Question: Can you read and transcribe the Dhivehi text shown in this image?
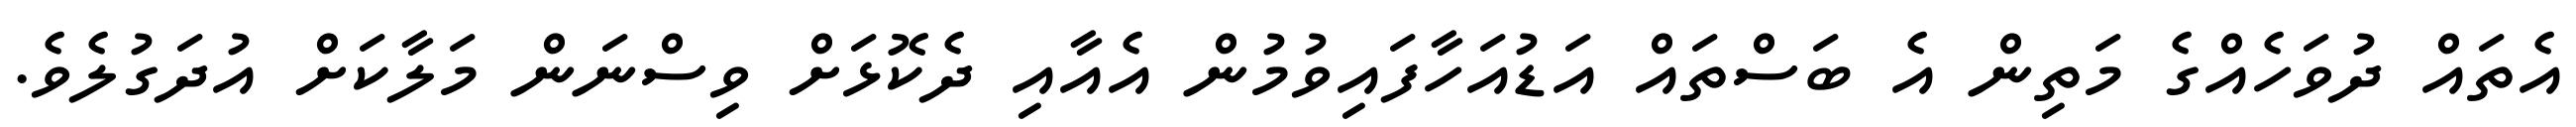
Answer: އެތައް ދުވަހެއްގެ މަތިން އެ ބަސްތައް އަޑުއަހާފައިވުމުން އެއާއި ދެކޮޅަށް ވިސްނަން މަލާކަށް އުދަގުލެވެ.